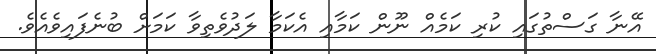
އޭނާ ގަސްތުގައި ކުރި ކަމެއް ނޫން ކަމާއި އެކަމާ ލަދުވެތިވާ ކަމަށް ބުނެފައިވެއެވެ.